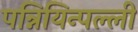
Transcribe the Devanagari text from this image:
पन्नियिन्पल्ली